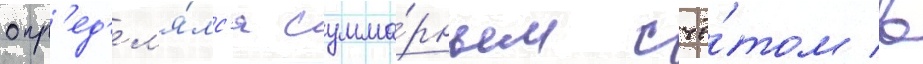
опр'ед'ел'я́лс'я сумма́рным счё́том в